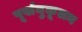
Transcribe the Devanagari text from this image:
पूर्वानुकूलन